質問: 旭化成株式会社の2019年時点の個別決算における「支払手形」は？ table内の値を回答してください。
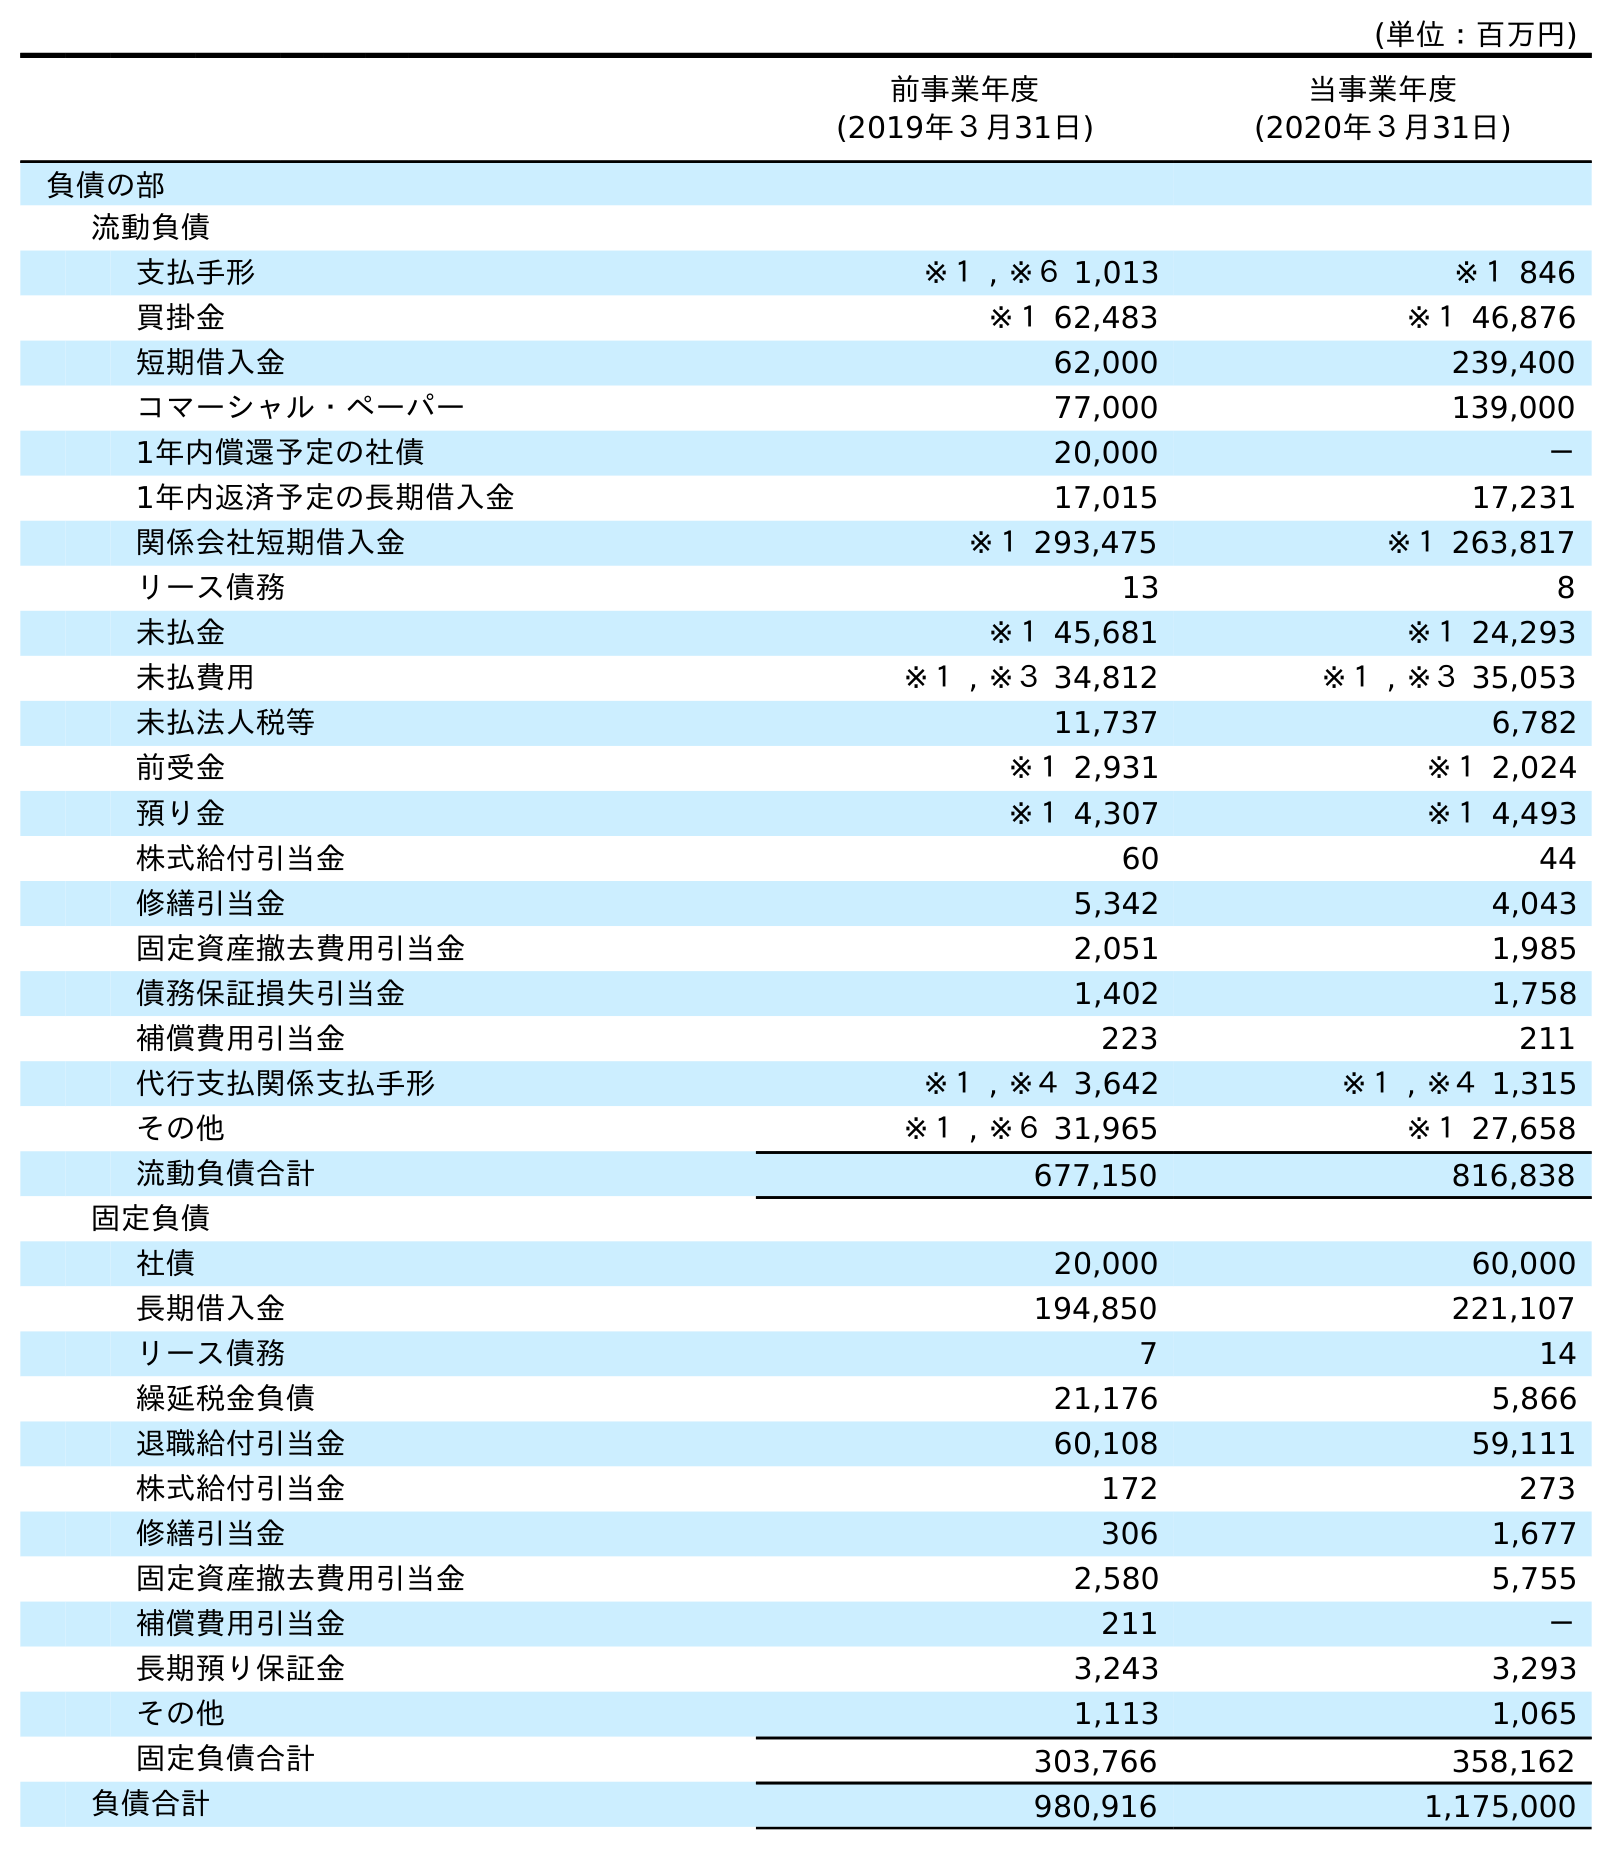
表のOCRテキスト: (単位：百万円) 前事業年度 (2019年３月31日) 当事業年度 (2020年３月31日) 負債の部 流動負債 支払手形 ※１ , ※６ 1,013 ※１ 846 買掛金 ※１ 62,483 ※１ 46,876 短期借入金 62,000 239,400 コマーシャル・ペーパー 77,000 139,000 1年内償還予定の社債 20,000 － 1年内返済予定の長期借入金 17,015 17,231 関係会社短期借入金 ※１ 293,475 ※１ 263,817 リース債務 13 8 未払金 ※１ 45,681 ※１ 24,293 未払費用 ※１ , ※３ 34,812 ※１ , ※３ 35,053 未払法人税等 11,737 6,782 前受金 ※１ 2,931 ※１ 2,024 預り金 ※１ 4,307 ※１ 4,493 株式給付引当金 60 44 修繕引当金 5,342 4,043 固定資産撤去費用引当金 2,051 1,985 債務保証損失引当金 1,402 1,758 補償費用引当金 223 211 代行支払関係支払手形 ※１ , ※４ 3,642 ※１ , ※４ 1,315 その他 ※１ , ※６ 31,965 ※１ 27,658 流動負債合計 677,150 816,838 固定負債 社債 20,000 60,000 長期借入金 194,850 221,107 リース債務 7 14 繰延税金負債 21,176 5,866 退職給付引当金 60,108 59,111 株式給付引当金 172 273 修繕引当金 306 1,677 固定資産撤去費用引当金 2,580 5,755 補償費用引当金 211 － 長期預り保証金 3,243 3,293 その他 1,113 1,065 固定負債合計 303,766 358,162 負債合計 980,916 1,175,000
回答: ※１,※６1,013